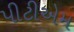
પીટીએમ